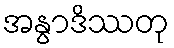
အနွာဒိဿတု